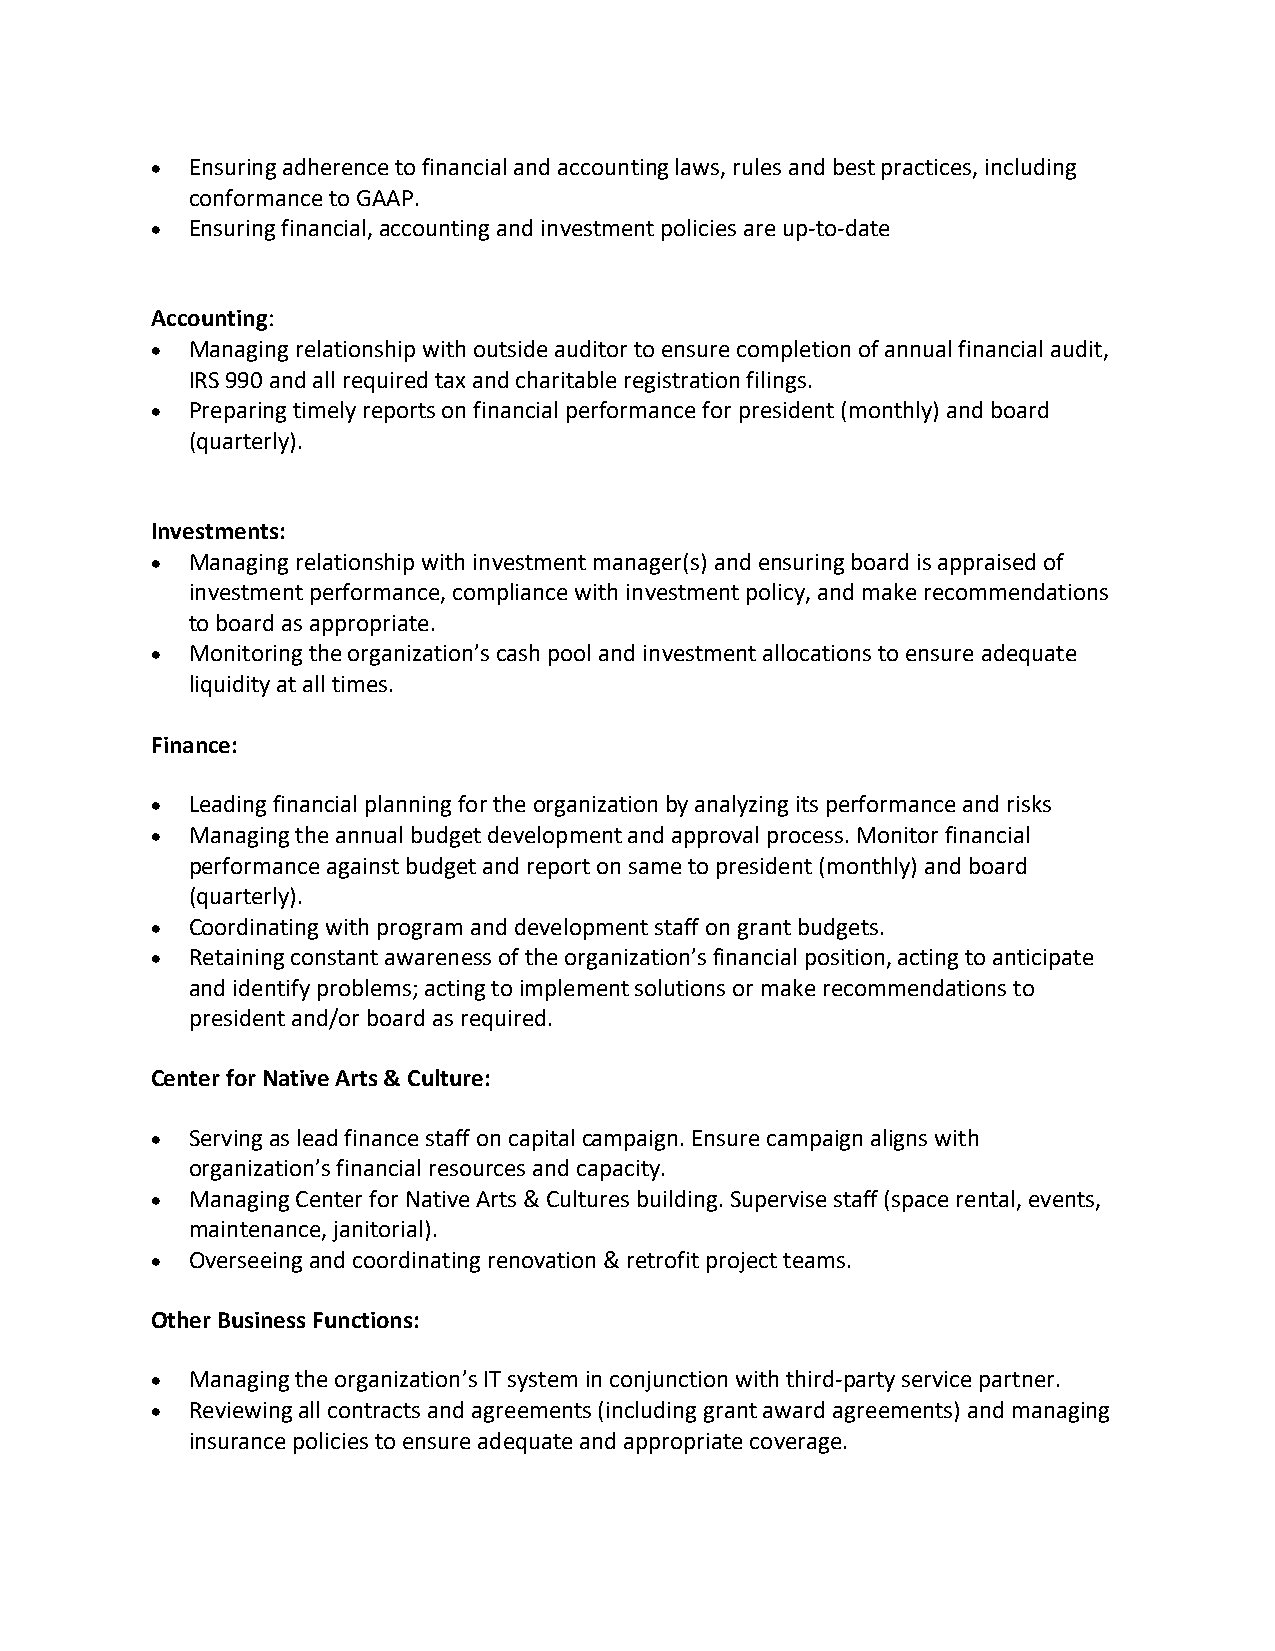
• Ensuring adherence to financial and accounting laws, rules and best practices, including
 conformance to GAAP.
 • Ensuring financial, accounting and investment policies are up-to-date
 Accounting:
 • Managing relationship with outside auditor to ensure completion of annual financial audit,
 IRS 990 and all required tax and charitable registration filings.
 • Preparing timely reports on financial performance for president (monthly) and board
 (quarterly).
 Investments:
 • Managing relationship with investment manager(s) and ensuring board is appraised of
 investment performance, compliance with investment policy, and make recommendations
 to board as appropriate.
 • Monitoring the organization’s cash pool and investment allocations to ensure adequate
 liquidity at all times.
 Finance:
 • Leading financial planning for the organization by analyzing its performance and risks
 • Managing the annual budget development and approval process. Monitor financial
 performance against budget and report on same to president (monthly) and board
 (quarterly).
 • Coordinating with program and development staff on grant budgets.
 • Retaining constant awareness of the organization’s financial position, acting to anticipate
 and identify problems; acting to implement solutions or make recommendations to
 president and/or board as required.
 Center for Native Arts & Culture:
 • Serving as lead finance staff on capital campaign. Ensure campaign aligns with
 organization’s financial resources and capacity.
 • Managing Center for Native Arts & Cultures building. Supervise staff (space rental, events,
 maintenance, janitorial).
 • Overseeing and coordinating renovation & retrofit project teams.
 Other Business Functions:
 • Managing the organization’s IT system in conjunction with third-party service partner.
 • Reviewing all contracts and agreements (including grant award agreements) and managing
 insurance policies to ensure adequate and appropriate coverage.